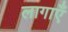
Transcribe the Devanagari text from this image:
लागाएँ